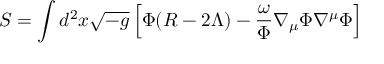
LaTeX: S = \int d ^ { 2 } x \sqrt { - g } \left[ \Phi ( R - 2 \Lambda ) - \frac { \omega } { \Phi } \nabla _ { \mu } \Phi \nabla ^ { \mu } \Phi \right]